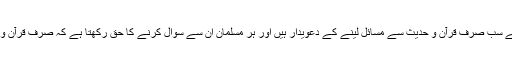
اس لئے کہ ان کے تمام علماء جنہوں نے مسائل بتائے ہیں وہ سب کے سب صرف قرآن و حدیث سے مسائل لینے کے دعویدار ہیں اور ہر مسلمان ان سے سوال کرنے کا حق رکھتا ہے کہ صرف قرآن و حدیث سے مسائل لینے والوں کے درمیان مسائل میں اختلاف کیوں ؟